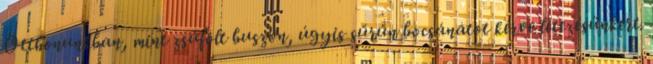
Otthonunkban, mint zsúfolt buszon, úgyis sűrűn bocsánatot kérve létezésünkért.